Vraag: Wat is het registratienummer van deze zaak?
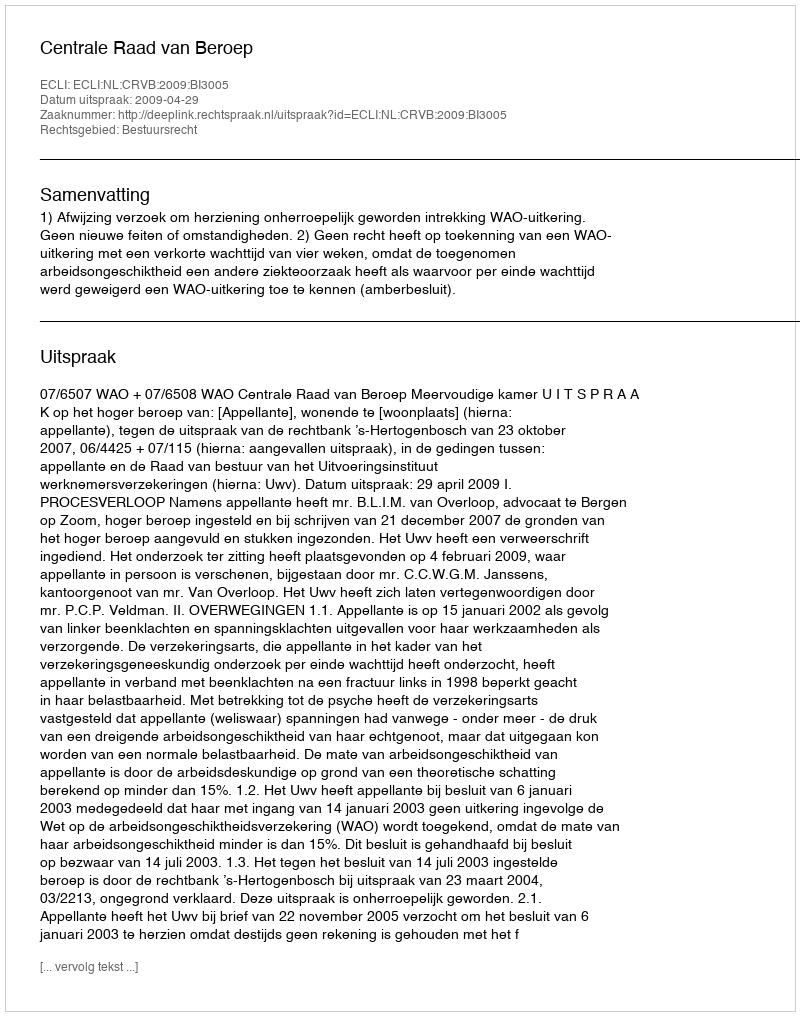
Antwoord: http://deeplink.rechtspraak.nl/uitspraak?id=ECLI:NL:CRVB:2009:BI3005